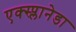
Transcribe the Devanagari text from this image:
एक्स्प्लानेडा